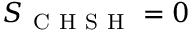
S _ { \mathrm { ~ C ~ H ~ S ~ H ~ } } = 0